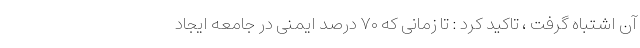
آن اشتباه گرفت ، تاکید کرد : تا زمانی که ۷۰ درصد ایمنی در جامعه ایجاد